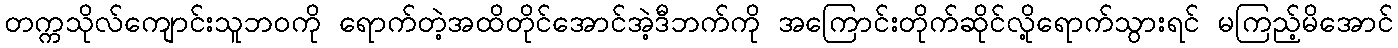
တက္ကသိုလ်ကျောင်းသူဘဝကို ရောက်တဲ့အထိတိုင်အောင်အဲ့ဒီဘက်ကို အကြောင်းတိုက်ဆိုင်လို့ရောက်သွားရင် မကြည့်မိအောင်